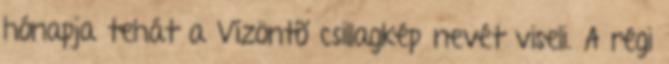
hónapja tehát a Vízöntõ csillagkép nevét viseli. A régi